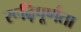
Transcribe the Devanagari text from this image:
रूढ़िपूर्णता